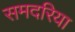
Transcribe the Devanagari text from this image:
समदरिया